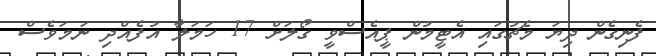
ފެނިގެން ދިޔަ މެޗުގައި އެޓީމުން ޕީއެސްވީ ގޯލަށް 17 ހަމަލާ އުފެއްދި ނަމަވެސް